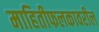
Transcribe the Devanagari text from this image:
माहितीफलकावरील